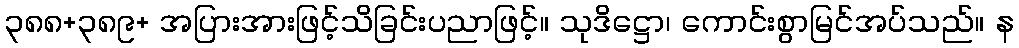
၃၈၈+၃၈၉+ အပြားအားဖြင့်သိခြင်းပညာဖြင့်။ သုဒိဋ္ဌော၊ ကောင်းစွာမြင်အပ်သည်။ န